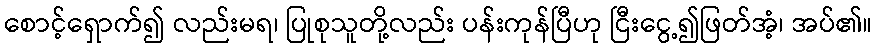
စောင့်ရှောက်၍ လည်းမရ၊ ပြုစုသူတို့လည်း ပန်းကုန်ပြီဟု ငြီးငွေ့၍ဖြတ်အံ့၊ အပ်၏။